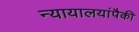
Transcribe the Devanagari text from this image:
न्यायालयांपैकी